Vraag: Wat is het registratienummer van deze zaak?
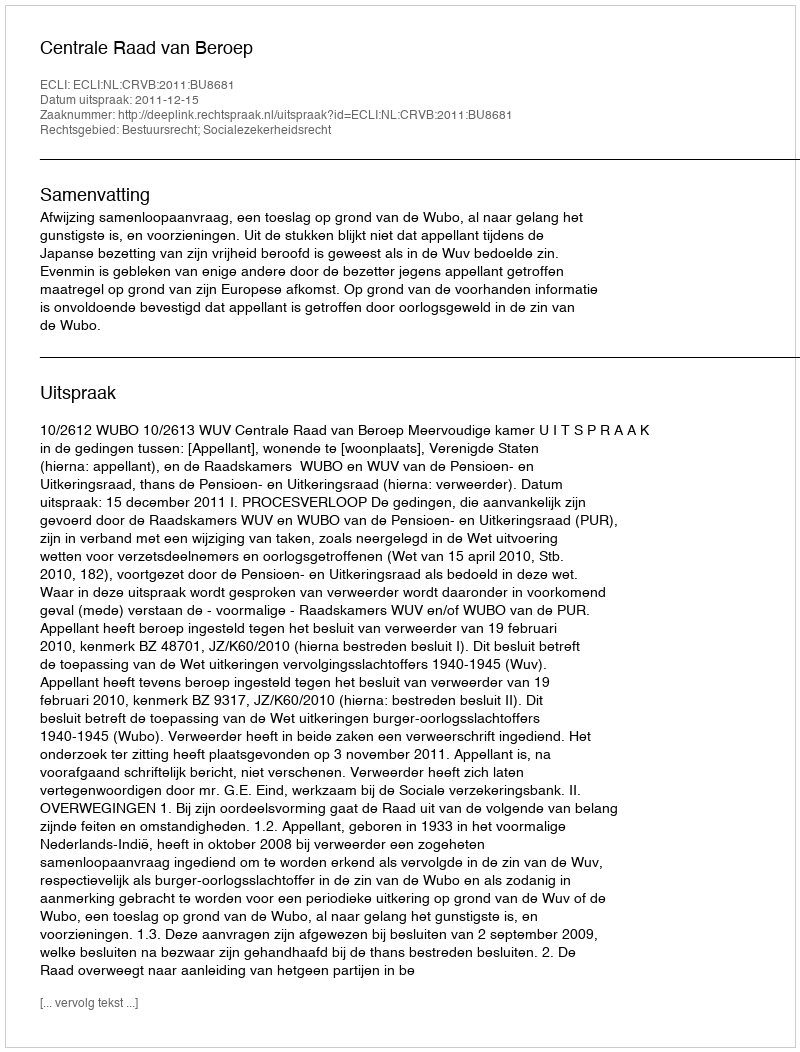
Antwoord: http://deeplink.rechtspraak.nl/uitspraak?id=ECLI:NL:CRVB:2011:BU8681